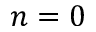
n = 0